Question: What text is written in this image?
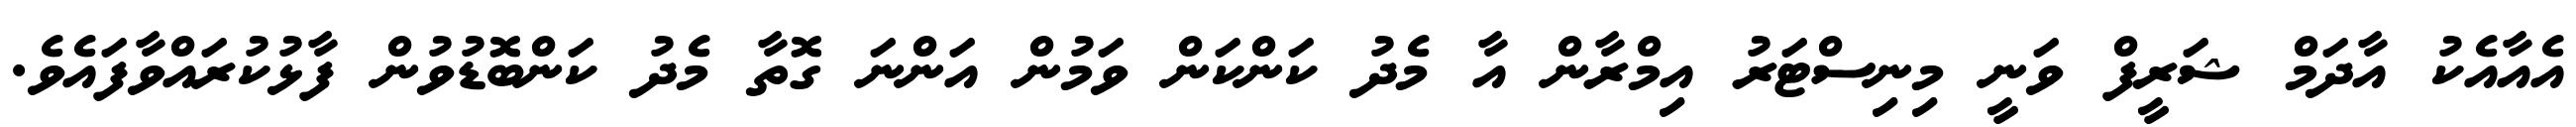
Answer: އެއާއެކު އާދަމް ޝަރީފް ވަނީ މިނިސްޓަރު އިމްރާން އާ މެދު ކަންކަން ވަމުން އަންނަ ގޮތާ މެދު ކަންބޮޑުވުން ފާޅުކުރައްވާފައެވެ.